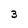
Character: 3